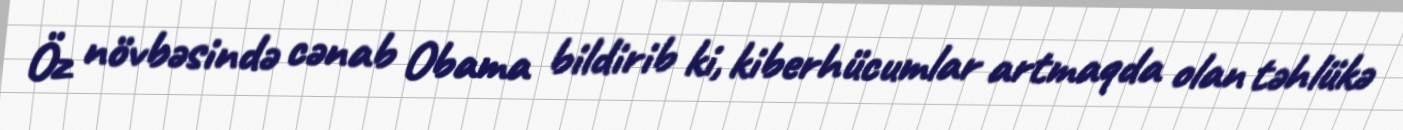
Öz növbəsində cənab Obama bildirib ki, kiberhücumlar artmaqda olan təhlükə